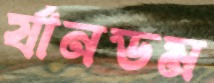
র‍্যানডম